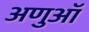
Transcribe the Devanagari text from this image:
अणुऑ